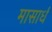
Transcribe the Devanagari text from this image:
मासार्धं